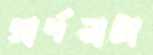
প্রার্থনাটা